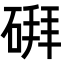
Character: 𪿪